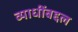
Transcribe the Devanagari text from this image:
व्याधींबद्दल